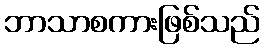
ဘာသာစကားဖြစ်သည်